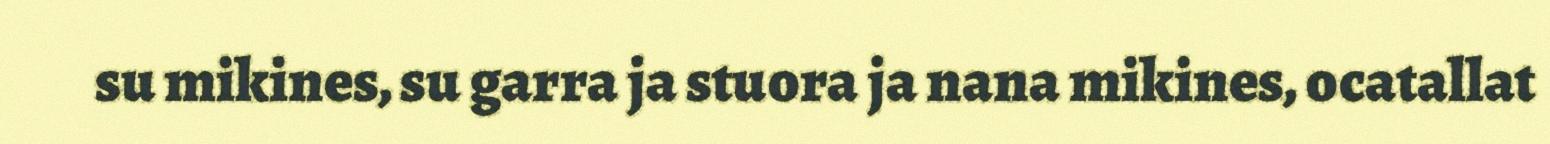
su mikines, su garra ja stuora ja nana mikines, ocatallat